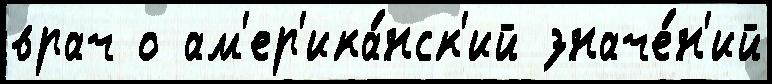
врач о ам'ер'ика́нск'ий значе́н'ий